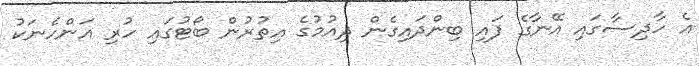
އެ ހާދިސާގައި އޭނާގެ ފައި ބިންދައިގެން ދިއުމުގެ އިތުރުން ބޯޓުގައި ހުރި އަންހެނަކު